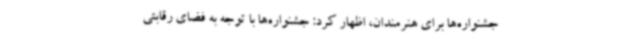
جشنواره‌ها برای هنرمندان، اظهار کرد: جشنواره‌ها با توجه به فضای رقابتی